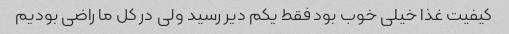
کیفیت غذا خیلی خوب بود فقط یکم دیر رسید ولی در کل ما راضی بودیم